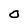
Character: O